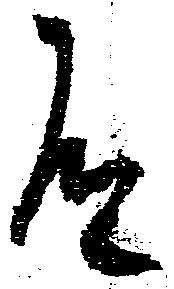
有